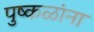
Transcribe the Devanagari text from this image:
पुष्‍कळांना